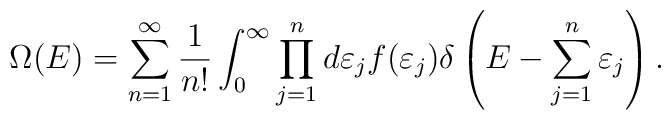
\Omega(E)=  \sum_{n=1}^\infty {1\over n!}\int_0^\infty       \prod_{j=1}^n d\varepsilon_j f(\varepsilon_j)   \delta\left(E-\sum_{j=1}^n \varepsilon_j\right) .